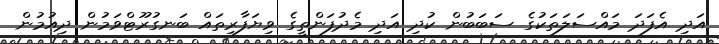
އަދި އެފަދަ މައްސަލަތަކުގެ ސަބަބުން ކުދި އަދި މެދުފަންތީގެ ވިޔަފާރިތައް ބަނގުރޫޓްވަމުން ދިއުމުން